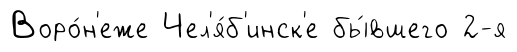
Воро́н'еже Чел'я́б'инск'е бы́вшего 2-я